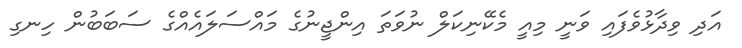
އަދި ވިދާޅުވެފައި ވަނީ މިއީ މެކޭނިކަލް ނުވަތަ އިންޖީނުގެ މައްސަލައެއްގެ ސަބަބުން ހިނގި